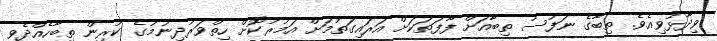
ވިދާޅުވިއެވެ. ތިބާގެ ނަފުސު ތިބާއަށް ފާފަތަކަށް އަރައިގަތުމަށް އަމުރުކޮށް ހިތްވަރުދިނުމުގެ ކުރިން ތިބާހެއްދެވި